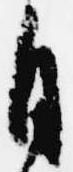
自